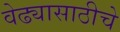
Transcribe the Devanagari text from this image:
वेढ्यासाठीचे